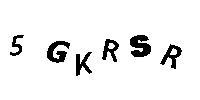
5GKRSR